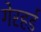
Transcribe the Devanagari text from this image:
गेरहर्ड